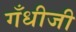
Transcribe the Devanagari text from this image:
गँधीजी